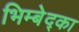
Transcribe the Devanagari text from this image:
भिम्बेद्का